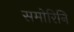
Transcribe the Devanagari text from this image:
समोरिनि